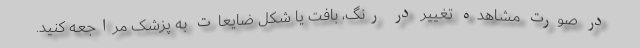
در صورت مشاهده تغییر در رنگ، بافت یا شکل ضایعات به پزشک مراجعه کنید.